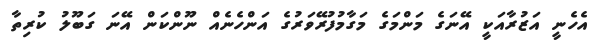
އެހެނީ އަޒުރާއަކީ އޭނަގެ މަންމަގެ މަގާމުފުރޭވަރުގެ އަންހެނެއް ނޫންކަން އޭނަ ގަބޫލު ކުރިތާ